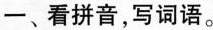
一、看拼音，写词语。